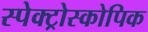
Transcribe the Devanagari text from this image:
स्पेक्ट्रोस्कोपिक